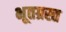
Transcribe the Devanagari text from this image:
भूतग्रस्त